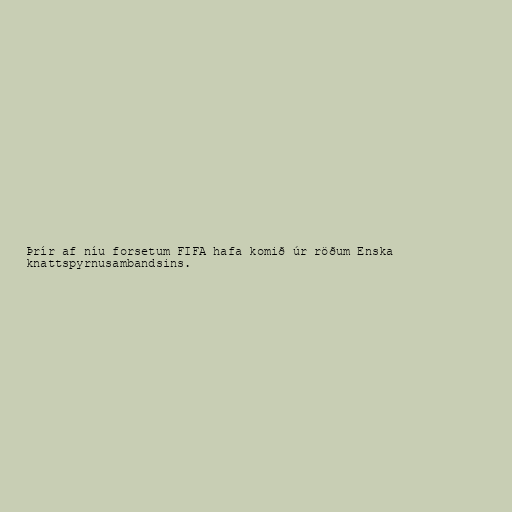
Þrír af níu forsetum FIFA hafa komið úr röðum Enska
knattspyrnusambandsins.